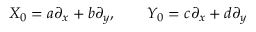
X _ { 0 } = a \partial _ { x } + b \partial _ { y } , \qquad Y _ { 0 } = c \partial _ { x } + d \partial _ { y }